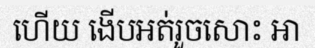
ហើយ ងើបអត់រួចសោះ អា